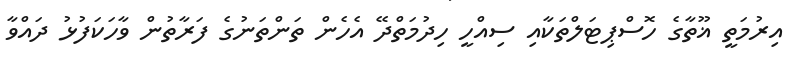
އިރުމަަތީ ޣޫތާގެ ހޮސްޕިޓަލްތަކާއި ސިއްހީ ހިދުމަތްދޭ އެހެން ތަންތަނުގެ ފަރާތުން ވާހަކަފުޅު ދައްވާ